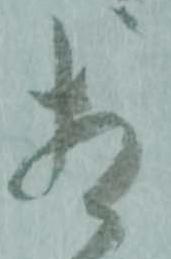
相